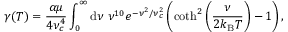
\gamma ( T ) = \frac { \alpha \mu } { 4 \nu _ { c } ^ { 4 } } \int _ { 0 } ^ { \infty } \mathrm { d } { \nu } ~ \nu ^ { 1 0 } e ^ { - \nu ^ { 2 } / \nu _ { c } ^ { 2 } } \left( \coth ^ { 2 } \left( \frac { \nu } { 2 k _ { \mathrm { B } } T } \right) - 1 \right) ,